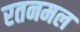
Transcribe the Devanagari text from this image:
रतनमल